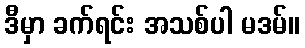
ဒီမှာ ခက်ရင်း အသစ်ပါ မဒမ်။